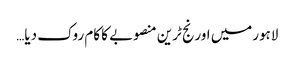
لاہورمیں اورنج ٹرین منصوبے کا کام روک دیا…